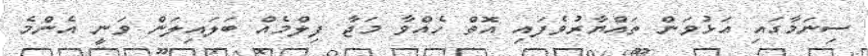
ސިނަމާގައި އަޅުވަން ތައްޔާރުވެފައި އޮތް ހެއްވާ މަޖާ ފިލްމެއް ބަލައިލަން ވަނީ އެންމެ